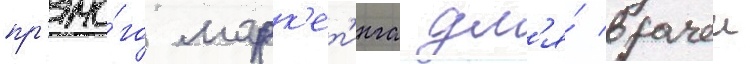
пр'ямо́го марк'ет'инга дл'я́ врачеи